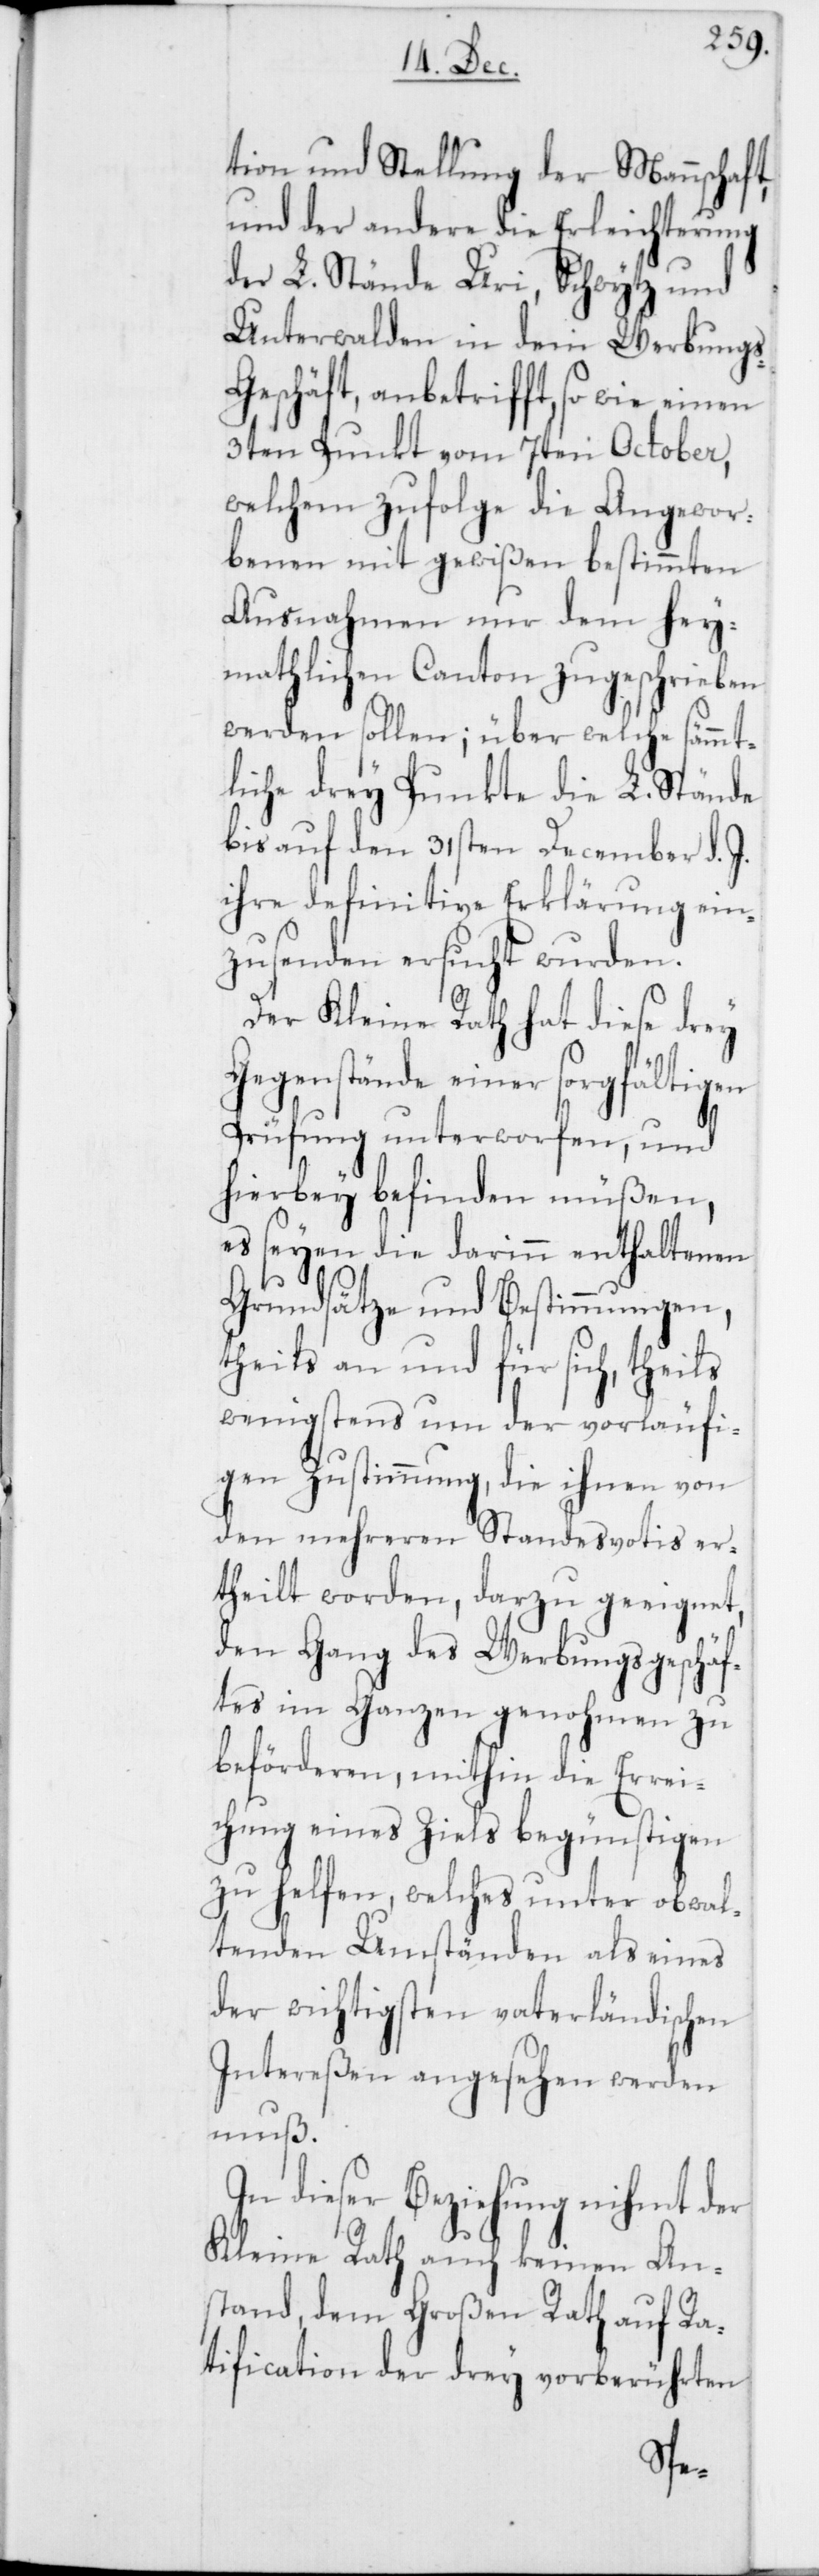
tion und Stellung der Mannscha¬
und der andere die Erleichterung
der L. Stände Uri, Schwytz und
Unterwalden in dem Werbung¬
eschäft, anbetrifft, so wie einen
3ten Punkt vom 7ten October,
welchem zufolge die Angewor¬
benen mit gewißen bestimmten
Ausnahmen nur dem hey¬
mathlichen Canton zugeschrieben
werden sollen; über welche sämmt¬
liche drey Punkte die L. Stände
bis auf den 31sten December d. J.
ihre definitive Erklärung ein¬
zusenden ersucht wurden.
Der Kleine Rath hat diese drey
Gegenstände einer sorgfältigen
Prüfung unterworfen, und
hierbey befinden müßen,
es seyen die darinn enthaltenen
Grundsätze und Bestimmungen,
theils an und für sich, theils
wenigstens um der vorläufi¬
gen Zustimmung, die ihnen von
den mehreren Standesvotis er¬
theilt worden, darzu geeignet,
den Gang des Werbungsgeschäf¬
tes im Ganzen genohmen zu
beförderen, mithin die Errei¬
chung eines Ziels begünstigen
zu helfen, welches unter obwal¬
tenden Umständen als eines
der wichtigsten vaterländischen
Intereßen angesehen werden
muß.
In dieser Beziehung nihmt der
Kleine Rath auch keinen An¬
stand, dem Großen Rath auf Ra¬
tification der drey vorberührten
s-G¬